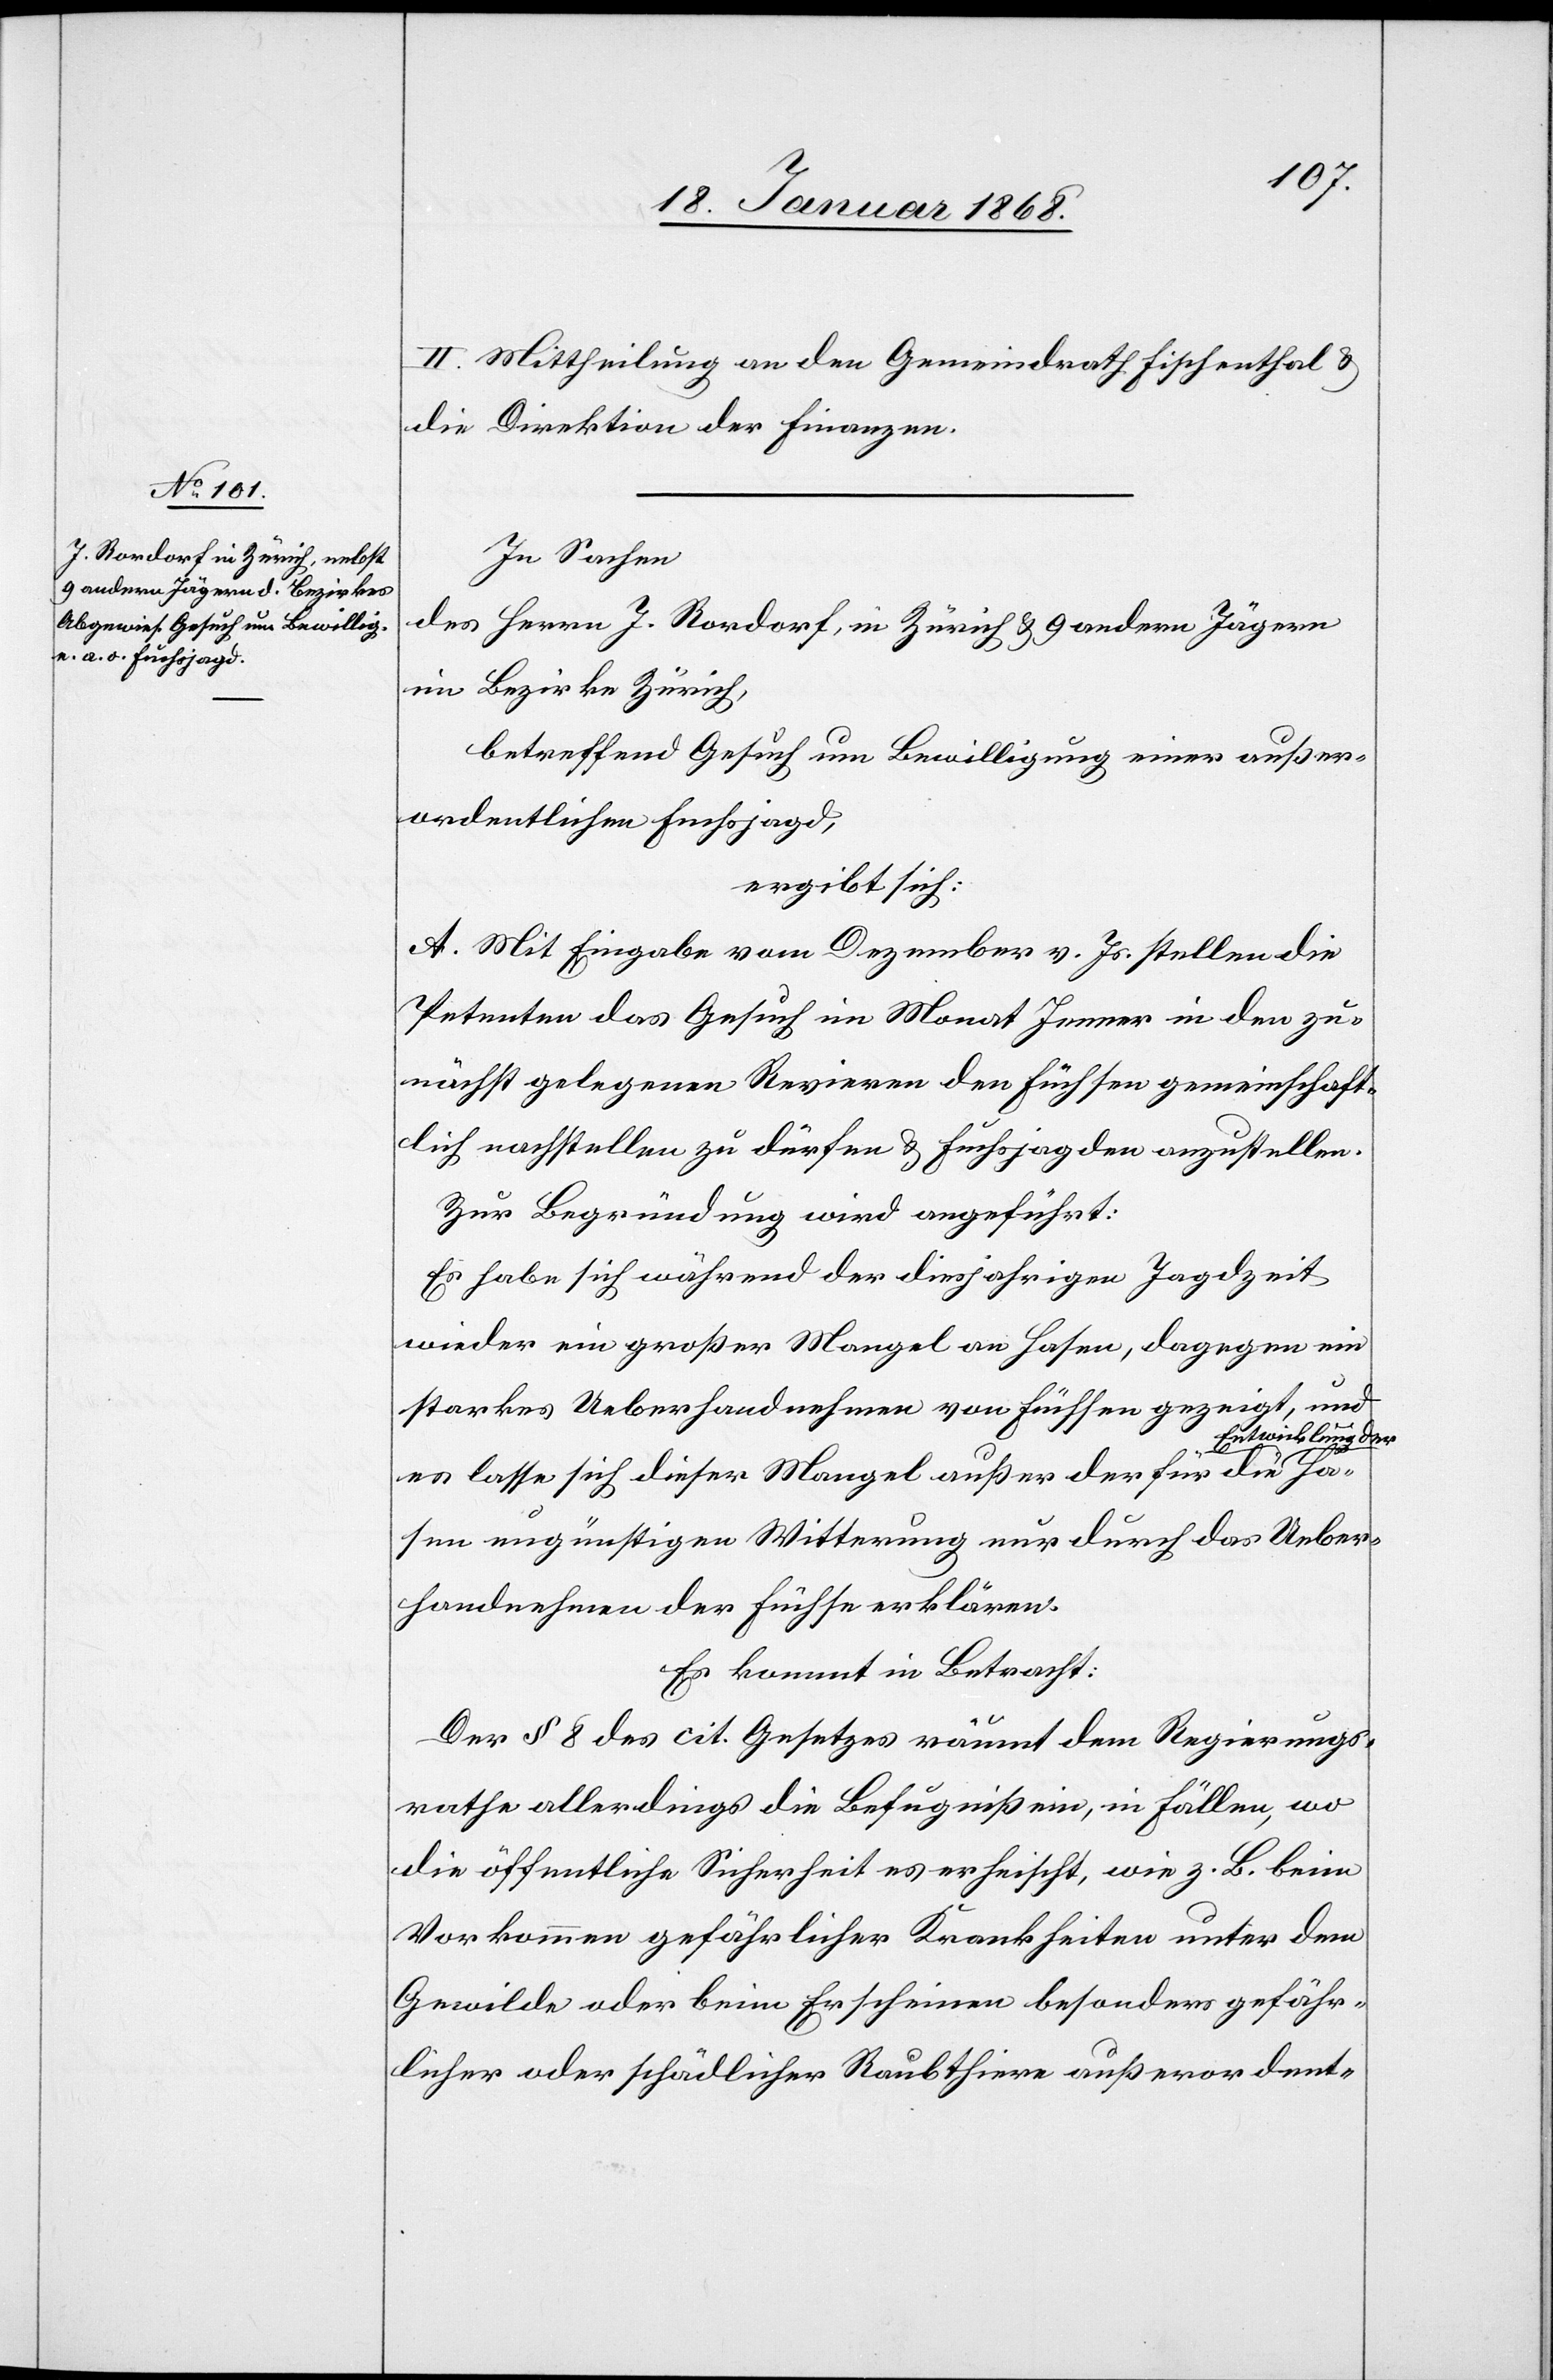
II. Mittheilung an den Gemeindrath Fischenthal &
die Direktion der Finanzen.
In Sachen
des Herrn J. Rordorf, in Zürich & 9 andern Jägern
im Bezirke Zürich,
betreffend Gesuch um Bewilligung einer außer¬
ordentlichen Fuchsjagd,
ergibt sich:
A. Mit Eingabe vom Dezember v. Js. stellen die
Petenten das Gesuch im Monat Jenner in den zu¬
nächst gelegenen Revieren den Füchsen gemeinschaft¬
lich nachstellen zu dürfen & Fuchsjagden anzustellen.
Zur Begründung wird angeführt:
Es habe sich während der diesjahrigen Jagdzeit
wieder ein großer Mangel an Hasen, dagegen ein
starkes Ueberhandnehmen von Füchsen gezeigt, und
twicklung der
es lasse sich dieser Mangel außer der für die En¬
Hasen ungünstigen Witterung nur durch das Ueber¬
handnehmen der Füchse erklären.
Es kommt in Betracht:
Der § 8 des cit. Gesetzes räumt dem Regierungs¬
rathe allerdings die Befugniß ein, in Fällen, wo
die öffentliche Sicherheit es erheischt, wie z. B. beim
Vorkommen gefährlicher Krankheiten unter dem
Gewilde oder beim Erscheinen besonders gefähr¬
licher oder schädlicher Raubthiere außerordent-